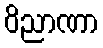
ဝိညာဏာ